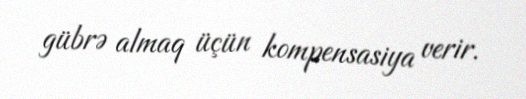
gübrə almaq üçün kompensasiya verir.